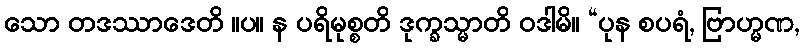
သော တဒဿာဒေတိ ။ပ။ န ပရိမုစ္စတိ ဒုက္ခသ္မာတိ ဝဒါမိ။ “ပုန စပရံ, ဗြာဟ္မဏ,